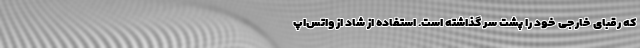
که رقبای خارجی خود را پشت سر گذاشته است. استفاده از شاد از واتس‌اپ